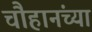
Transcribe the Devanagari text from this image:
चौहानंच्या